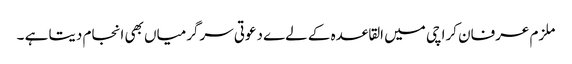
ملزم عرفان کراچی میں القاعدہ کے لےے دعوتی سرگرمیاں بھی انجام دیتا ہے ۔